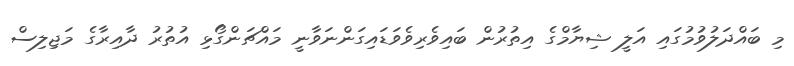
މި ބައްދަލުވުމުގައި އަލީ ޝިޔާމްގެ އިތުރުން ބައިވެރިވެވަޑައިގަންނަވާނީ މައްޗަންގޯޅި އުތުރު ދާއިރާގެ މަޖިލިސް